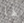
لها